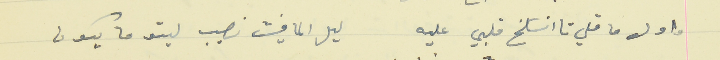
واول ما قلي تا انسَلخ قلبي عليه                                  ليل الما فيش نصيب ليتو ما يكون